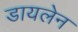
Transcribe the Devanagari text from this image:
डायलेन